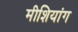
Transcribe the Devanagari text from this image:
मीशियांग